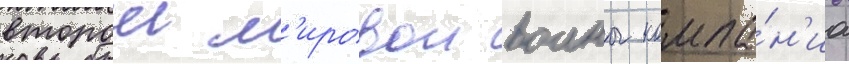
второи м'ировои воины компа́н'иа